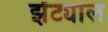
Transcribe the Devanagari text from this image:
झेंट्याल